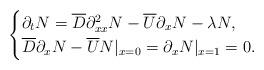
LaTeX: \begin{align*}\begin{cases}\partial_{t}N = \overline{D} \partial_{xx}^{2}N - \overline{U} \partial_{x} N - \lambda N,\\\overline{D} \partial_{x}N - \overline{U} N \rvert_{x=0} = \partial_{x} N \rvert_{x=1} = 0.\end{cases}\end{align*}